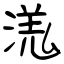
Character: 溬